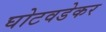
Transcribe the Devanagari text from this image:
घोटवडेकर